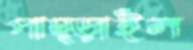
পাছ্‌ড়াইল